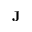
\mathbf { J }